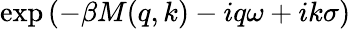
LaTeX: \exp\left(-\beta M(q,k)-iq\omega+ik\sigma\right)